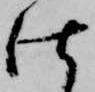
仕